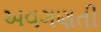
અવગણતી